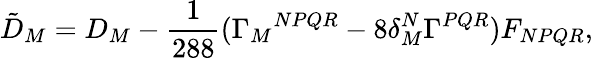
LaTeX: {\tilde{D}}_{M}=D_{M}-\frac{1}{288}(\Gamma_{M}{}^{NPQR}-8\delta_{M}^{N}\Gamma^{PQR})F_{NPQR},